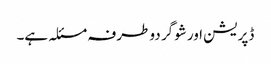
ڈپریشن اور شوگر دو طرفہ مسئلہ ہے۔